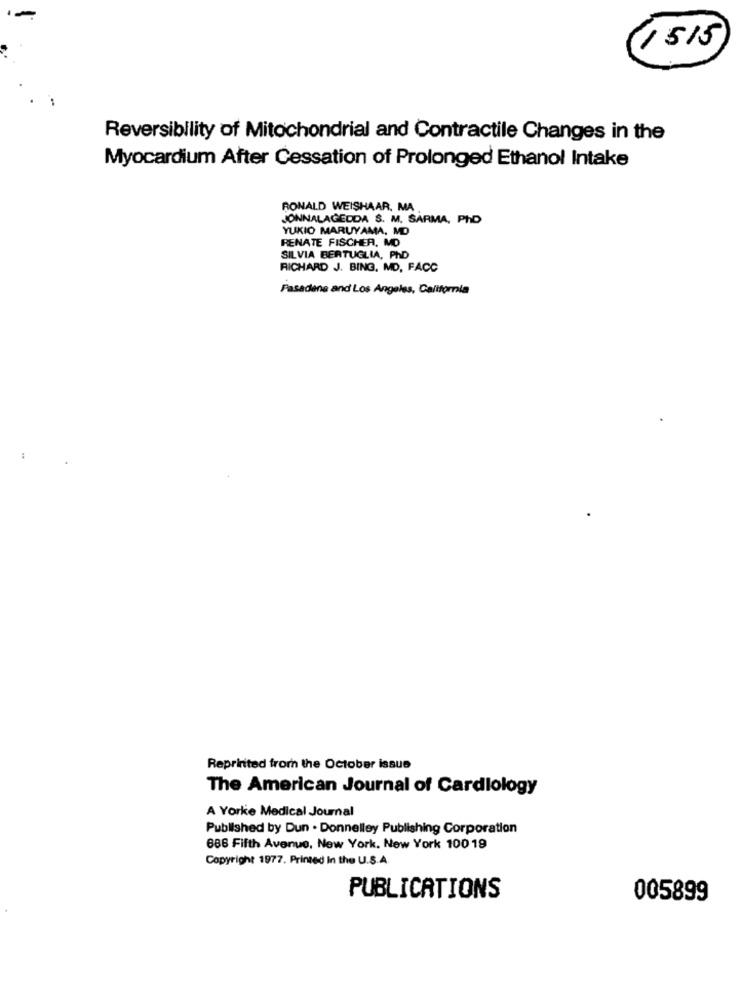
(1515)
Reversibility of Mitochondrial and Contractile Changes in the
Myocardium After Cessation of Prolonged Ethanol Intake
RONALD WEISHAAR. MA
JONNALAGEDDA S. M. SARMA, PHD
YUKIO MARUYAMA. MD
RENATE FISCHER, MD
SILVIA BERTUGLIA, PhD
RICHARD J. BING, MD, FACC
Pasadena and Los Angeles, California
:
Reprinted from the October issue
The American Journal of Cardiology
A Yorke Medical Journal
Published by Dun . Donnelley Publishing Corporation
686 Fifth Avenue, New York, New York 100 19
Copyright 1977. Printed In the U.S.A.
PUBLICATIONS
005899